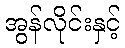
အွန်လိုင်းနှင့်